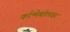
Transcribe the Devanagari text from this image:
कॉन्मेबॉलवर